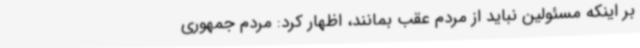
بر اینکه مسئولین نباید از مردم عقب بمانند، اظهار کرد: مردم جمهوری